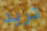
تريد